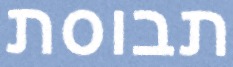
תבוסת